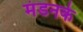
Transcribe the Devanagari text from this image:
मंडनके